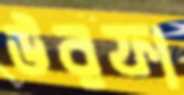
উরফা